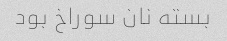
بسته نان سوراخ بود